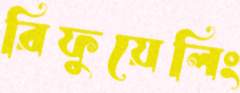
রিফুয়েলিং